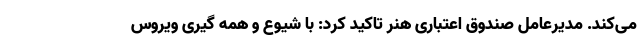
می‌کند. مدیرعامل صندوق اعتباری هنر تاکید کرد: با شیوع و همه گیری ویروس